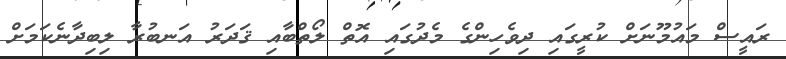
ރައީސް މައުމޫނަށް ކުރީގައި ދިވެހިންގެ މެދުގައި އޮތް ލޯތްބާއި ޤަދަރު އަނބުރާ ލިބިދާނެކަމަށް